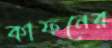
কাফনের